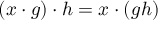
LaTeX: ( x \cdot g ) \cdot h = x \cdot ( g h )